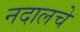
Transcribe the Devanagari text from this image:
नदालचे